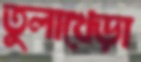
তুলাখেড়া